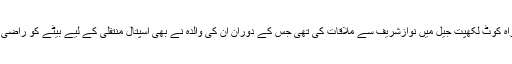
مریم نواز نے گزشتہ روز اپنی دادی اور چچا کے ہمراہ کوٹ لکھپت جیل میں نوازشریف سے ملاقات کی تھی جس کے دوران اُن کی والدہ نے بھی اسپتال منتقلی کے لیے بیٹے کو راضی کرنے کی کوشش کی مگر وہ نہ جانے پر بضد تھے۔